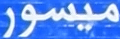
ميسور